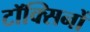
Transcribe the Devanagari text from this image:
टॉक्सिनों